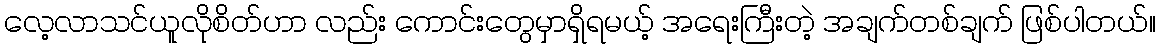
လေ့လာသင်ယူလိုစိတ်ဟာ လည်း ကောင်းတွေမှာရှိရမယ့် အရေးကြီးတဲ့ အချက်တစ်ချက် ဖြစ်ပါတယ်။